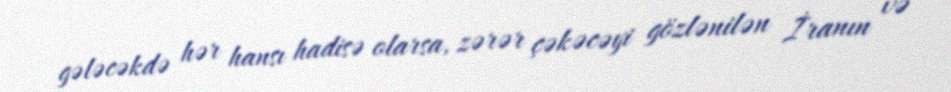
gələcəkdə hər hansı hadisə olarsa, zərər çəkəcəyi gözlənilən İranın və